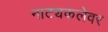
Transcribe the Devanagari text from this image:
नाट्यकलेवर